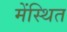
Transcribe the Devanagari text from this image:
मेंस्थित